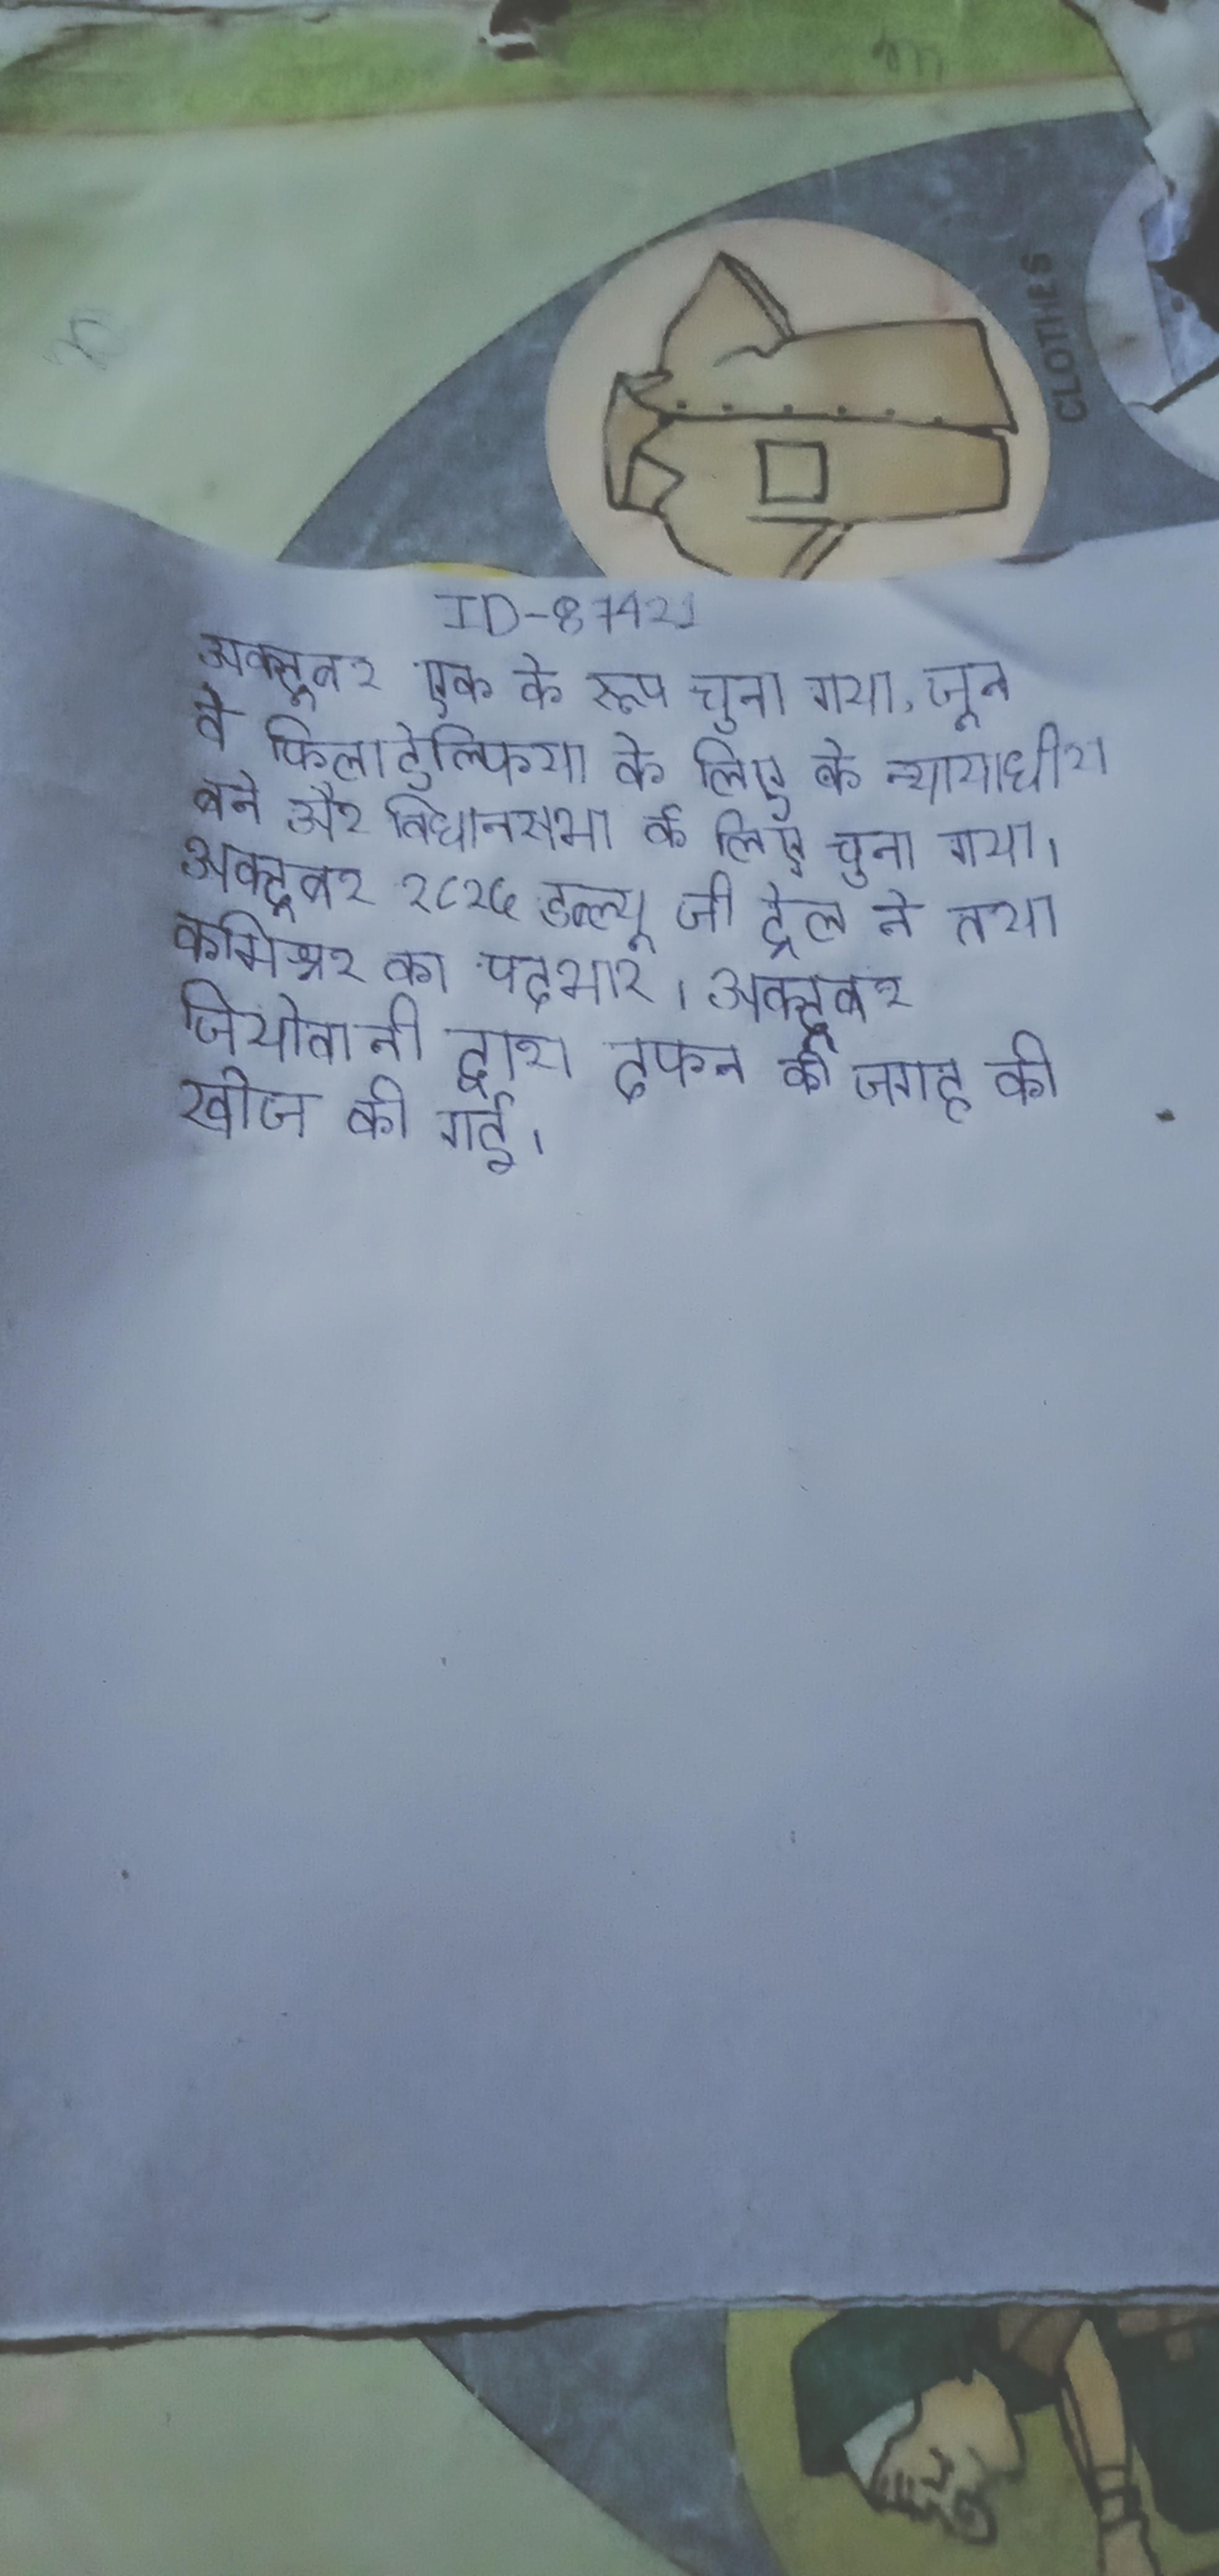
अक्टूबर एक के रूप चुना गया, जून वे फिलाडेल्फिया के लिए के न्यायाधीश बने और विधानसभा के लिए चुना गया । अक्टूबर १८१५ डब्ल्यू जी ट्रेल ने तथा कमिश्नर का पदभार । अक्टूबर जियोवानी द्वारा दफन की जगह की खोज की गई ।